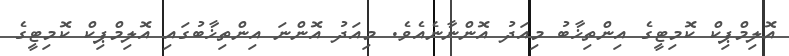
އޮލިމްޕިކް ކޮމިޓީގެ އިންތިޚާބު މިއަދު އޮންނާނެއެވެ. މިއަދު އޮންނަ އިންތިޚާބުގައި އޮލިމްޕިކް ކޮމިޓީގެ